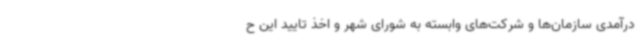
درآمدی سازمان‌ها و شرکت‌های وابسته به شورای شهر و اخذ تایید این ح